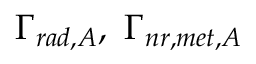
\Gamma _ { r a d , A } , \ \Gamma _ { n r , m e t , A }